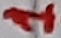
Text: 1